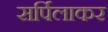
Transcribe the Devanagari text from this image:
सर्पिलाकर